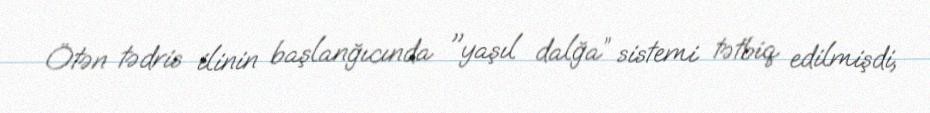
Ötən tədris ilinin başlanğıcında "yaşıl dalğa” sistemi tətbiq edilmişdi,